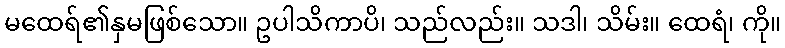
မထေရ်၏နှမဖြစ်သော။ ဥပါသိကာပိ၊ သည်လည်း။ သဒါ၊ သိမ်း။ ထေရံ၊ ကို။